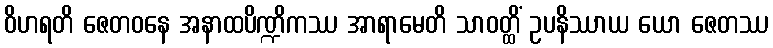
ဝိဟရတိ ဇေတဝနေ အနာထပိဏ္ဍိကဿ အာရာမေတိ သာဝတ္ထိံ ဥပနိဿာယ ယော ဇေတဿ